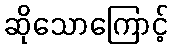
ဆိုသောကြောင့်